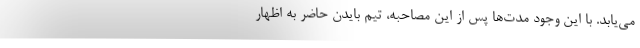
می‌یابد. با این وجود مدت‌ها پس از این مصاحبه، تیم بایدن حاضر به اظهار